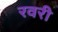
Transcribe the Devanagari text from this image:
रवरी